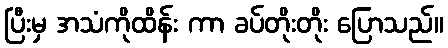
ပြီးမှ အသံကိုထိန်း ကာ ခပ်တိုးတိုး ပြောသည်။